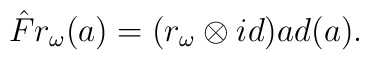
\hat F r_{\omega}(a)=(r_{\omega}\otimes id)ad(a).